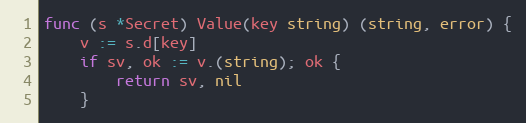
Language: Go
func (s *Secret) Value(key string) (string, error) {
	v := s.d[key]
	if sv, ok := v.(string); ok {
		return sv, nil
	}